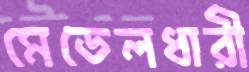
মেডেলধারী